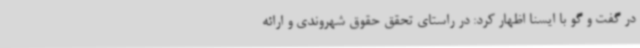
در گفت و گو با ایسنا اظهار کرد: در راستای تحقق حقوق شهروندی و ارائه